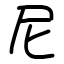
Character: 尼